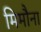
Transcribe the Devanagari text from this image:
मिमौना